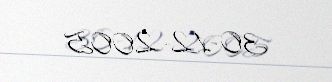
30-12-2005